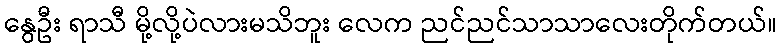
နွေဦး ရာသီ မို့လို့ပဲလားမသိဘူး လေက ညင်ညင်သာသာလေးတိုက်တယ်။